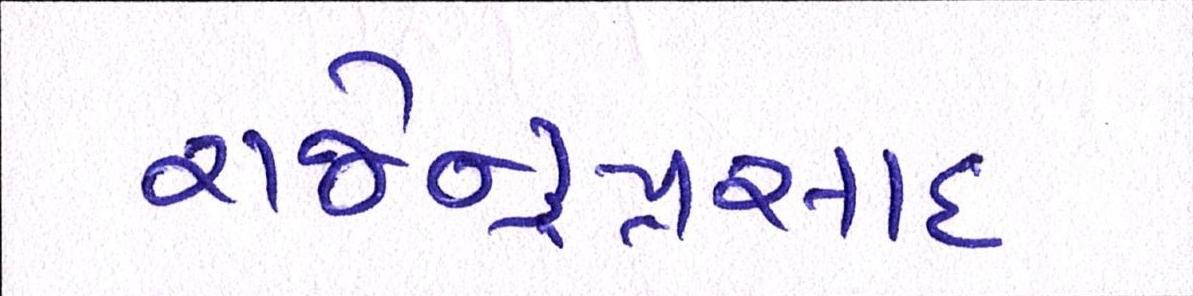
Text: રાજેન્દ્રપ્રસાદ